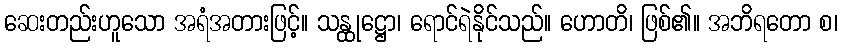
ဆေးတည်းဟူသော အရံအတားဖြင့်။ သန္ထုဋ္ဌော၊ ရောင်ရဲနိုင်သည်။ ဟောတိ၊ ဖြစ်၏။ အဘိရတော စ၊